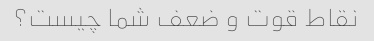
نقاط قوت و ضعف شما چیست؟